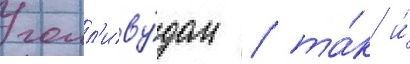
голл'иву́дом / та́к и́